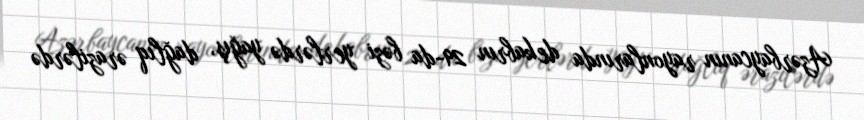
Azərbaycanın rayonlarında dekabrın 29-da bəzi yerlərdə yağış, dağlıq ərazilərdə